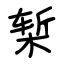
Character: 椠